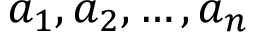
a _ { 1 } , a _ { 2 } , \dots , a _ { n }